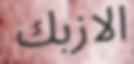
الازبك